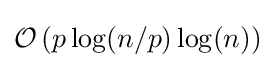
{\mathcal {O}}\left(p\log(n/p)\log(n)\right)